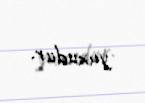
yuxudur.